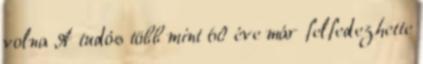
volna A tudós több mint 60 éve már felfedezhette